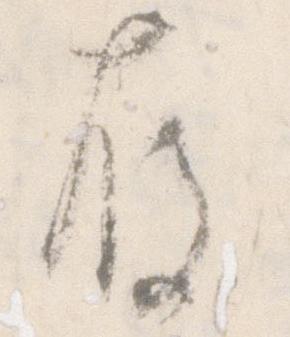
存